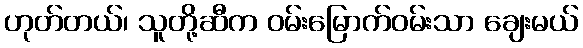
ဟုတ်တယ်၊ သူတို့ဆီက ဝမ်းမြောက်ဝမ်းသာ ချေးမယ်